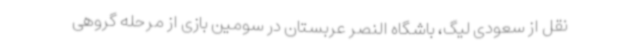
نقل از سعودی لیگ، باشگاه النصر عربستان در سومین بازی از مرحله گروهی